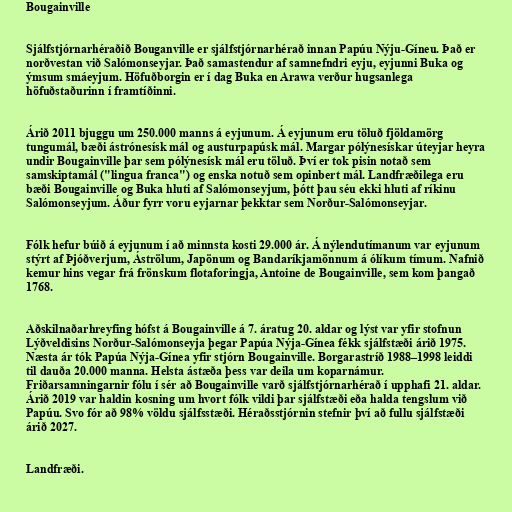
Bougainville

Sjálfstjórnarhéraðið Bouganville er sjálfstjórnarhérað innan Papúu Nýju-Gíneu. Það er
norðvestan við Salómonseyjar. Það samastendur af samnefndri eyju, eyjunni Buka og
ýmsum smáeyjum. Höfuðborgin er í dag Buka en Arawa verður hugsanlega
höfuðstaðurinn í framtíðinni.

Árið 2011 bjuggu um 250.000 manns á eyjunum. Á eyjunum eru töluð fjöldamörg
tungumál, bæði ástrónesísk mál og austurpapúsk mál. Margar pólýnesískar úteyjar heyra
undir Bougainville þar sem pólýnesísk mál eru töluð. Því er tok pisin notað sem
samskiptamál ("lingua franca") og enska notuð sem opinbert mál. Landfræðilega eru
bæði Bougainville og Buka hluti af Salómonseyjum, þótt þau séu ekki hluti af ríkinu
Salómonseyjum. Áður fyrr voru eyjarnar þekktar sem Norður-Salómonseyjar.

Fólk hefur búið á eyjunum í að minnsta kosti 29.000 ár. Á nýlendutímanum var eyjunum
stýrt af Þjóðverjum, Áströlum, Japönum og Bandaríkjamönnum á ólíkum tímum. Nafnið
kemur hins vegar frá frönskum flotaforingja, Antoine de Bougainville, sem kom þangað
1768.

Aðskilnaðarhreyfing hófst á Bougainville á 7. áratug 20. aldar og lýst var yfir stofnun
Lýðveldisins Norður-Salómonseyja þegar Papúa Nýja-Gínea fékk sjálfstæði árið 1975.
Næsta ár tók Papúa Nýja-Gínea yfir stjórn Bougainville. Borgarastríð 1988–1998 leiddi
til dauða 20.000 manna. Helsta ástæða þess var deila um koparnámur.
Friðarsamningarnir fólu í sér að Bougainville varð sjálfstjórnarhérað í upphafi 21. aldar.
Árið 2019 var haldin kosning um hvort fólk vildi þar sjálfstæði eða halda tengslum við
Papúu. Svo fór að 98% völdu sjálfsstæði. Héraðsstjórnin stefnir því að fullu sjálfstæði
árið 2027.

Landfræði.